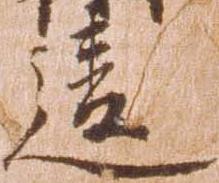
違